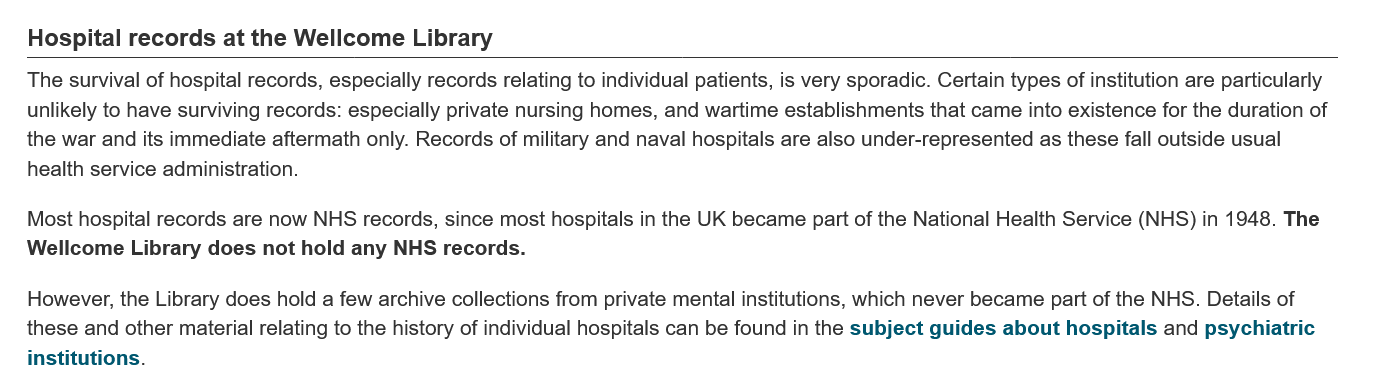
Hospital   records  at the Wellcome  Library
   The  survival of hospital records, especially records relating to individual patients, is very sporadic. Certain types of institution are particularly
   unlikely to have surviving records: especially private nursing homes, and wartime establishments that came into existence for the duration of
   the war and its immediate aftermath only. Records of military and naval hospitals are also under-represented as these fall outside usual
   health service administration.
   Most hospital records are now NHS records, since most hospitals in the UK became part of the National Health Service (NHS) in 1948. The
   Wellcome Library  does  not hold any NHS records.
   However,  the Library does hold a few archive collections from private mental institutions, which never became part of the NHS. Details of
   these and other material relating to the history of individual hospitals can be found in the subject guides about hospitals and psychiatric
   institutions.